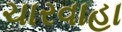
ચારવાહા